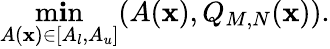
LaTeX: \operatorname*{m\mathbf{i}n}_{A(\mathbf{{x}})\in[A_{l},A_{u}]}(A(\mathbf{{x}}),Q_{M,N}(\mathbf{{x}})).